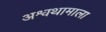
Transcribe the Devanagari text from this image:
अश्वथामाला